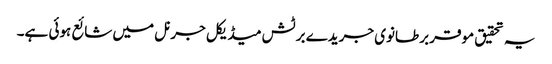
یہ تحقیق موقر برطانوی جریدے برٹش میڈیکل جرنل میں شائع ہوئی ہے۔